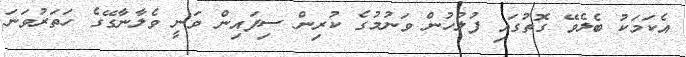
އެކަމަކު ބެލެވޭ ގޮތުގައި ފުލުހުން ވަނުމުގެ ކުރިން ސިފައިން ވަނީ ވެލާނާގޭގެ ހަތަރުވަނަ